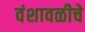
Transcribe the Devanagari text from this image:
वंशावळीचे